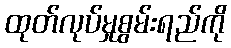
ထုတ်လုပ်မှုစွမ်းရည်ကို